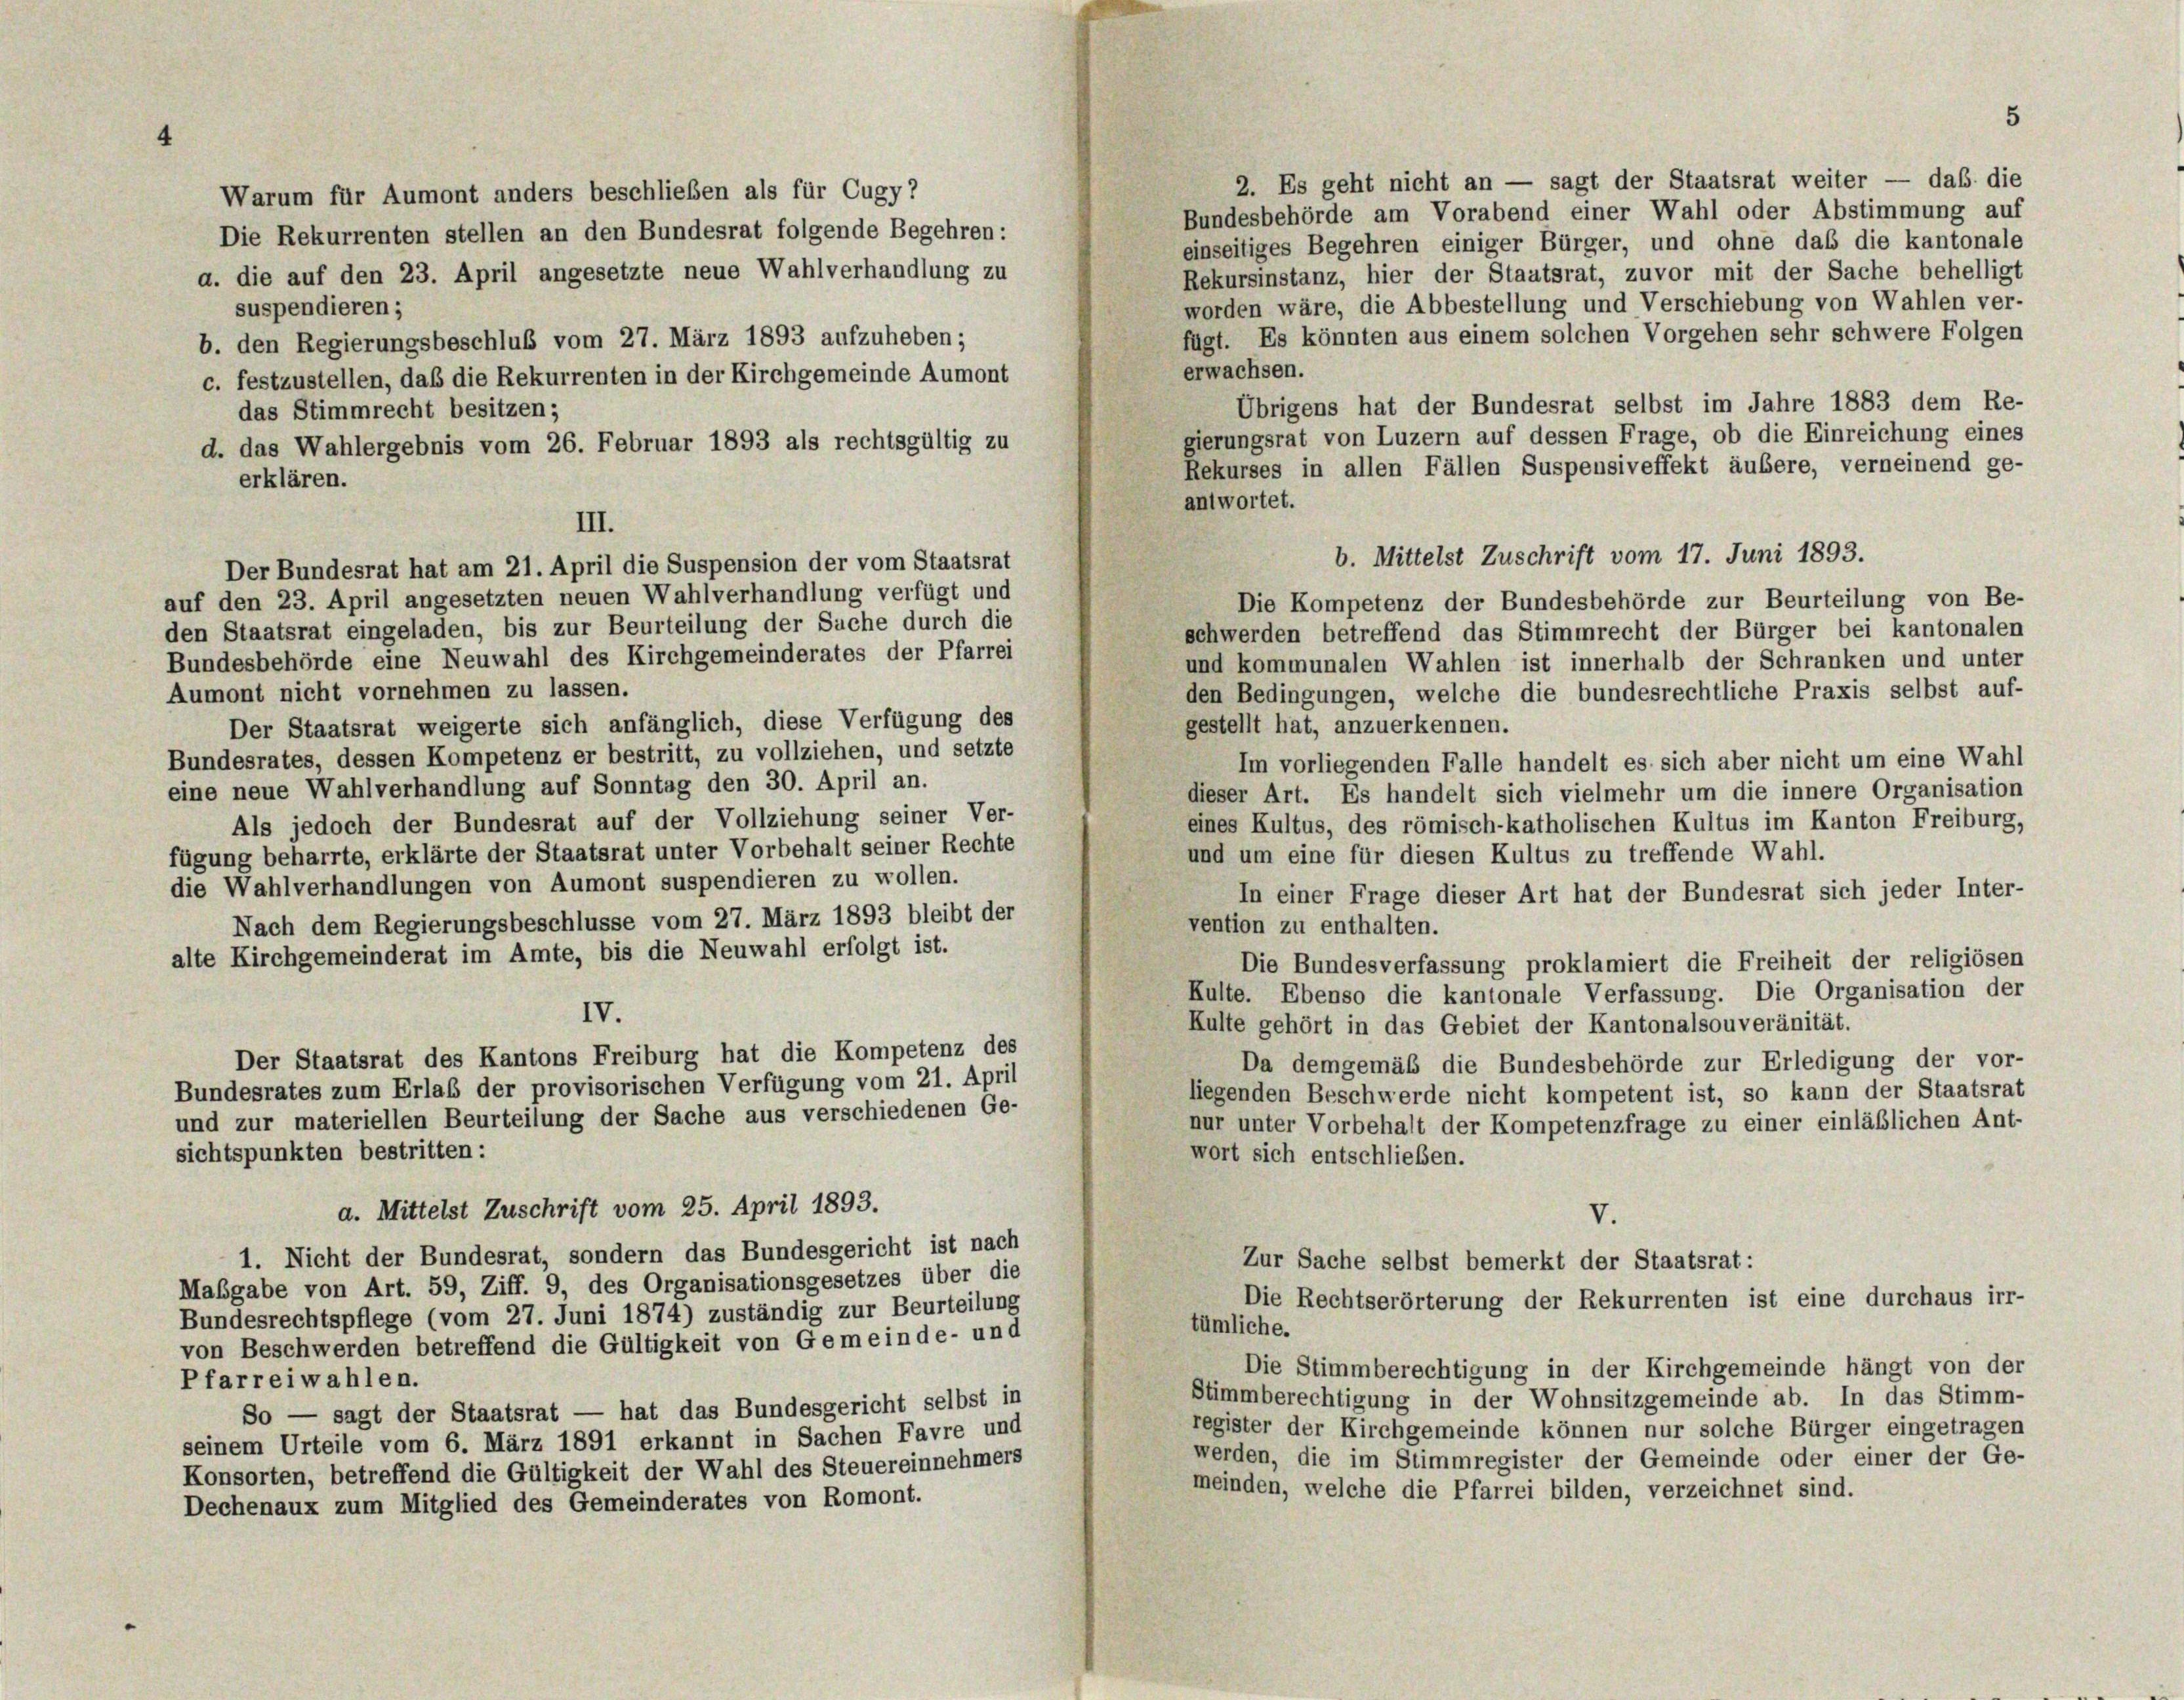
2. Es geht nicht an — sagt der Staatsrat weiter — daß die
Warum für Aumont anders beschließen als für Cugy?
Bundesbehörde am Vorabend einer Wahl oder Abstimmung auf
Die Rekurrenten stellen an den Bundesrat folgende Begehren:
einseitiges Begehren einiger Bürger, und ohne das die kantonale
a. die auf den 23. April angesetzte neue Wahlverhandlung zu
Rekursinstanz, hier der Staatsrat, zuvor mit der Sache behelligt
worden wäre, die Abbestellung und Verschiebung von Wahlen ver-
suspendieren;
fügt. Es könnten aus einem solchen Vorgehen sehr schwere Folgen
b. den Regierungsbeschluß vom 27. März 1893 aufzuheben;
erwachsen.
c. festzustellen, daß die Rekurrenten in der Kirchgemeinde Aumont
Übrigens hat der Bundesrat selbst im Jahre 1883 dem Re-
das Stimmrecht besitzen;
gierungsrat von Luzern auf dessen Frage, ob die Einreichung eines
d. das Wahlergebnis vom 26. Februar 1893 als rechtsgültig zu
Rekurses in allen Fällen Suspensiveffekt äußere, verneinend ge-
erklären.
antwortet.
III.
Der Bundesrat hat am 21. April die Suspension der vom Staatsrat
auf den 23. April angesetzten neuen Wahlverhandlung verfügt und
Die Kompetenz der Bundesbehörde zur Beurteilung von Be-
den Staatsrat eingeladen, bis zur Beurteilung der Sache durch die
schwerden betreffend das Stimmrecht der Bürger bei kantonalen
Bundesbehörde eine Neuwahl des Kirchgemeinderates der Pfarrei
und kommunalen Wahlen ist innerhalb der Schranken und unter
Aumont nicht vornehmen zu lassen.
den Bedingungen, welche die bundesrechtliche Praxis selbst auf-
gestellt hat, anzuerkennen.
Der Staatsrat weigerte sich anfänglich, diese Verfügung des
Bundesrates, dessen Kompetenz er bestritt, zu vollziehen, und setzte
Im vorliegenden Falle handelt es sich aber nicht um eine Wahl
eine neue Wahlverhandlung auf Sonntag den 30. April an.
dieser Art. Es handelt sich vielmehr um die innere Organisation
Als jedoch der Bundesrat auf der Vollziehung seiner Ver-
eines Kultus, des römisch-katholischen Kultus im Kanton Freiburg,
fügung beharrte, erklärte der Staatsrat unter Vorbehalt seiner Rechte
und um eine für diesen Kultus zu treffende Wahl.
die Wahlverhandlungen von Aumont suspendieren zu wollen.
In einer Frage dieser Art hat der Bundesrat sich jeder Inter-
Nach dem Regierungsbeschlüsse vom 27. März 1893 bleibt der
vention zu enthalten.
alte Kirchgemeinderat im Amte, bis die Neuwahl erfolgt ist.
Die Bundesverfassung proklamiert die Freiheit der religiösen
Kulte. Ebenso die kantonale Verfassung. Die Organisation der
IV.
Kulte gehört in das Gebiet der Kantonalsouveränität.
Der Staatsrat des Kantons Freiburg hat die Kompetenz des
Da demgemäß die Bundesbehörde zur Erledigung der vor-
Bundesrates zum Erlaß der provisorischen Verfügung vom 21. April
liegenden Beschwerde nicht kompetent ist, so kann der Staatsrat
und zur materiellen Beurteilung der Sache aus verschiedenen Ge-
nur unter Vorbehalt der Kompetenzfrage zu einer einläßlichen Ant-
sichtspunkten bestritten:
wort sich entschließen.
a. Mittelst Zuschrift vom 25. April 1893.
V.
1. Nicht der Bundesrat, sondern das Bundesgericht ist nach
Zur Sache selbst bemerkt der Staatsrat:
Maßgabe von Art. 59, Ziff. 9, des Organisationsgesetzes über die
Die Rechtserörterung der Rekurrenten ist eine durchaus irr-
Bundesrechtspflege (vom 27. Juni 1874) zuständig zur Beurteilung
tümliche.
von Beschwerden betreffend die Gültigkeit von Gemeinde- und
Die Stimmberechtigung in der Kirchgemeinde hängt von der
Pfarreiwahlen.
Stimmberechtigung in der Wohnsitzgemeinde ab. In das Stimm-
So — sagt der Staatsrat — hat das Bundesgericht selbst in
register der Kirchgemeinde können nur solche Bürger eingetragen
seinem Urteile vom 6. März 1891 erkannt in Sachen Favre und
werden, die im Stimmregister der Gemeinde oder einer der Ge-
Konsorten, betreffend die Gültigkeit der Wahl des Steuereinnehmers
meinden, welche die Pfarrei bilden, verzeichnet sind.
Dechenaux zum Mitglied des Gemeinderates von Romont.

b. Mittelst Zuschrift vom 17. Juni 1893.

5